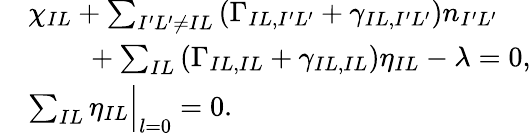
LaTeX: \begin{array}{rl}&{\chi_{IL}+\sum_{I^{\prime}L^{\prime}\ne IL}\left(\Gamma_{IL,I^{\prime}L^{\prime}}+\gamma_{IL,I^{\prime}L^{\prime}}\right)n_{I^{\prime}L^{\prime}}}\\ &{~~~~~~~~+\sum_{IL}\left(\Gamma_{IL,IL}+\gamma_{IL,IL}\right)\eta_{IL}-\lambda=0,}\\ &{\sum_{IL}\eta_{IL}\Big\vert_{l=0}=0.}\end{array}